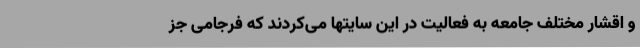
و اقشار مختلف جامعه به فعالیت در این سایتها می‌کردند که فرجامی جز